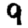
Digit: 9